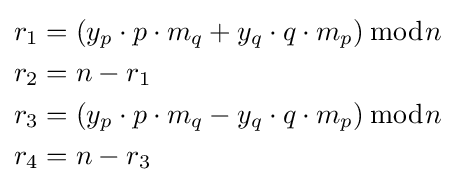
{\begin{aligned}r_{1}&=\left(y_{p}\cdot p\cdot m_{q}+y_{q}\cdot q\cdot m_{p}\right){\bmod {n}}\\r_{2}&=n-r_{1}\\r_{3}&=\left(y_{p}\cdot p\cdot m_{q}-y_{q}\cdot q\cdot m_{p}\right){\bmod {n}}\\r_{4}&=n-r_{3}\end{aligned}}